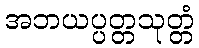
အဘယပ္ပတ္တသုတ္တံ